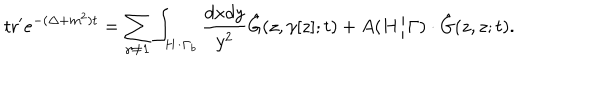
\mathrm { t r } ^ { \prime } e ^ { - ( \Delta + m ^ { 2 } ) t } = \sum _ { \gamma \neq { \bf 1 } } \int _ { H / \Gamma _ { b } } { \frac { d x d y } { y ^ { 2 } } } { \hat { G } } ( z , \gamma [ z ] ; t ) + A ( H / \Gamma ) \cdot { \hat { G } } ( z , z ; t ) .